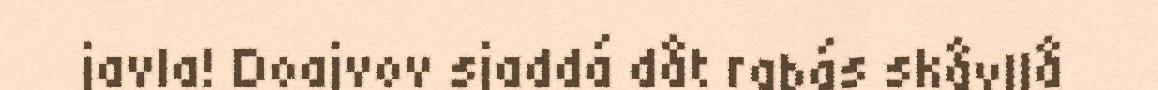
javla! Doajvov sjaddá dåt rabás skåvllå